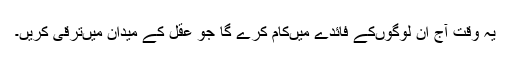
یہ وقت آج ان لوگوں‌کے فائدے میں‌کام کرے گا جو عقل کے میدان میں‌ترقی کریں۔